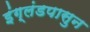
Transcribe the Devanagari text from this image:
इंग्लंडपासुन